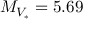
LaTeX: M _ { V _ { \ast } } = 5 . 6 9